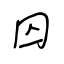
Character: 囚